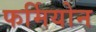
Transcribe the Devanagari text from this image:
फर्मियोन